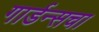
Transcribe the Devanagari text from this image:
गार्डन्सचा